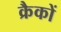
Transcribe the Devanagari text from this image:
क्रैकों